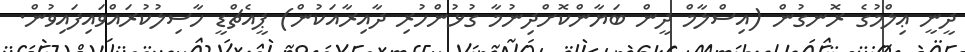
ދީނީ ޢިލްމުގެ ރޮނގުން (އިސްލާމް ދީން ބަޔާންކޮށްދިނުމާ ގުޅުންހުރި ދާއިރާއަކުން) ޕީއެޗްޑީ ހާސިލުކުރައްވައިފައިވުން.